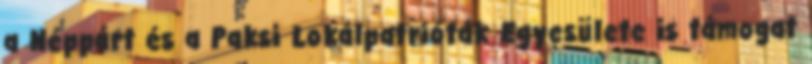
a Néppárt és a Paksi Lokálpatrióták Egyesülete is támogat